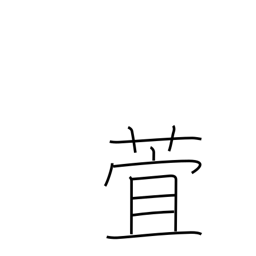
Meaning: day lily